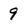
Character: 9